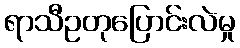
ရာသီဥတုပြောင်းလဲမှု